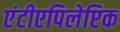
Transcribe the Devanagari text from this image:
एंटीएपिलेप्टिक